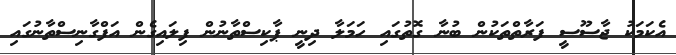
އެކަމަކު ޖާސޫސީ ފަރާތްތަކުން ބުނާ ގޮތުގައި ހަމަލާ ދިނީ ޕާކިސްތާނުން ފިލައިގެން އަފްގާނިސްތާނުގައި